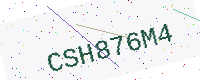
Text: CSH876M4